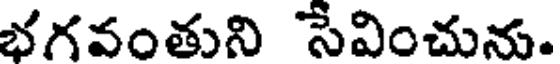
భగవంతుని సేవించును.